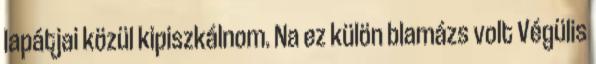
lapátjai közül kipiszkálnom. Na ez külön blamázs volt Végülis